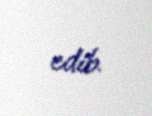
edib.